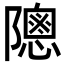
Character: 䧭